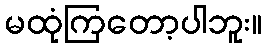
မထုံကြတော့ပါဘူး။